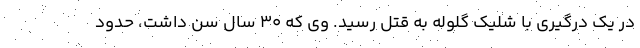
در یک درگیری با شلیک گلوله به قتل رسید. وی که 30 سال سن داشت، حدود